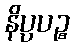
နိပ္ပပဉ္စ